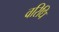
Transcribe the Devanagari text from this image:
वरिधि